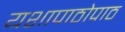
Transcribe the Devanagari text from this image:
यशापाठोपाठ